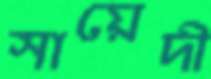
সায়েদী